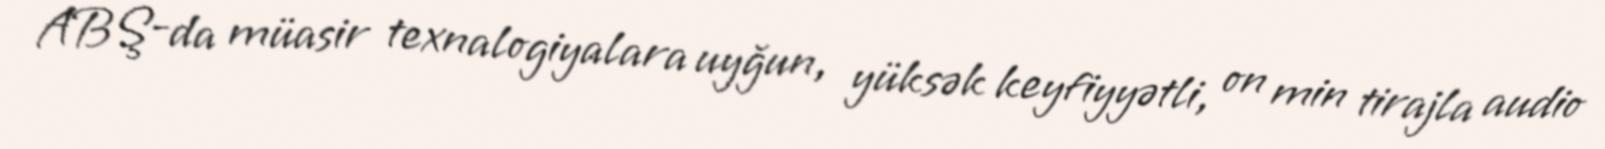
ABŞ-da müasir texnalogiyalara uyğun, yüksək keyfiyyətli, on min tirajla audio